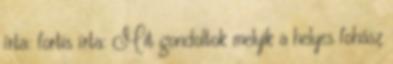
írta: fortis írta: Mit gondoltok melyik a helyes fohász